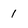
Character: 1